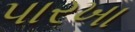
પારખા